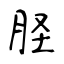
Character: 𦙾